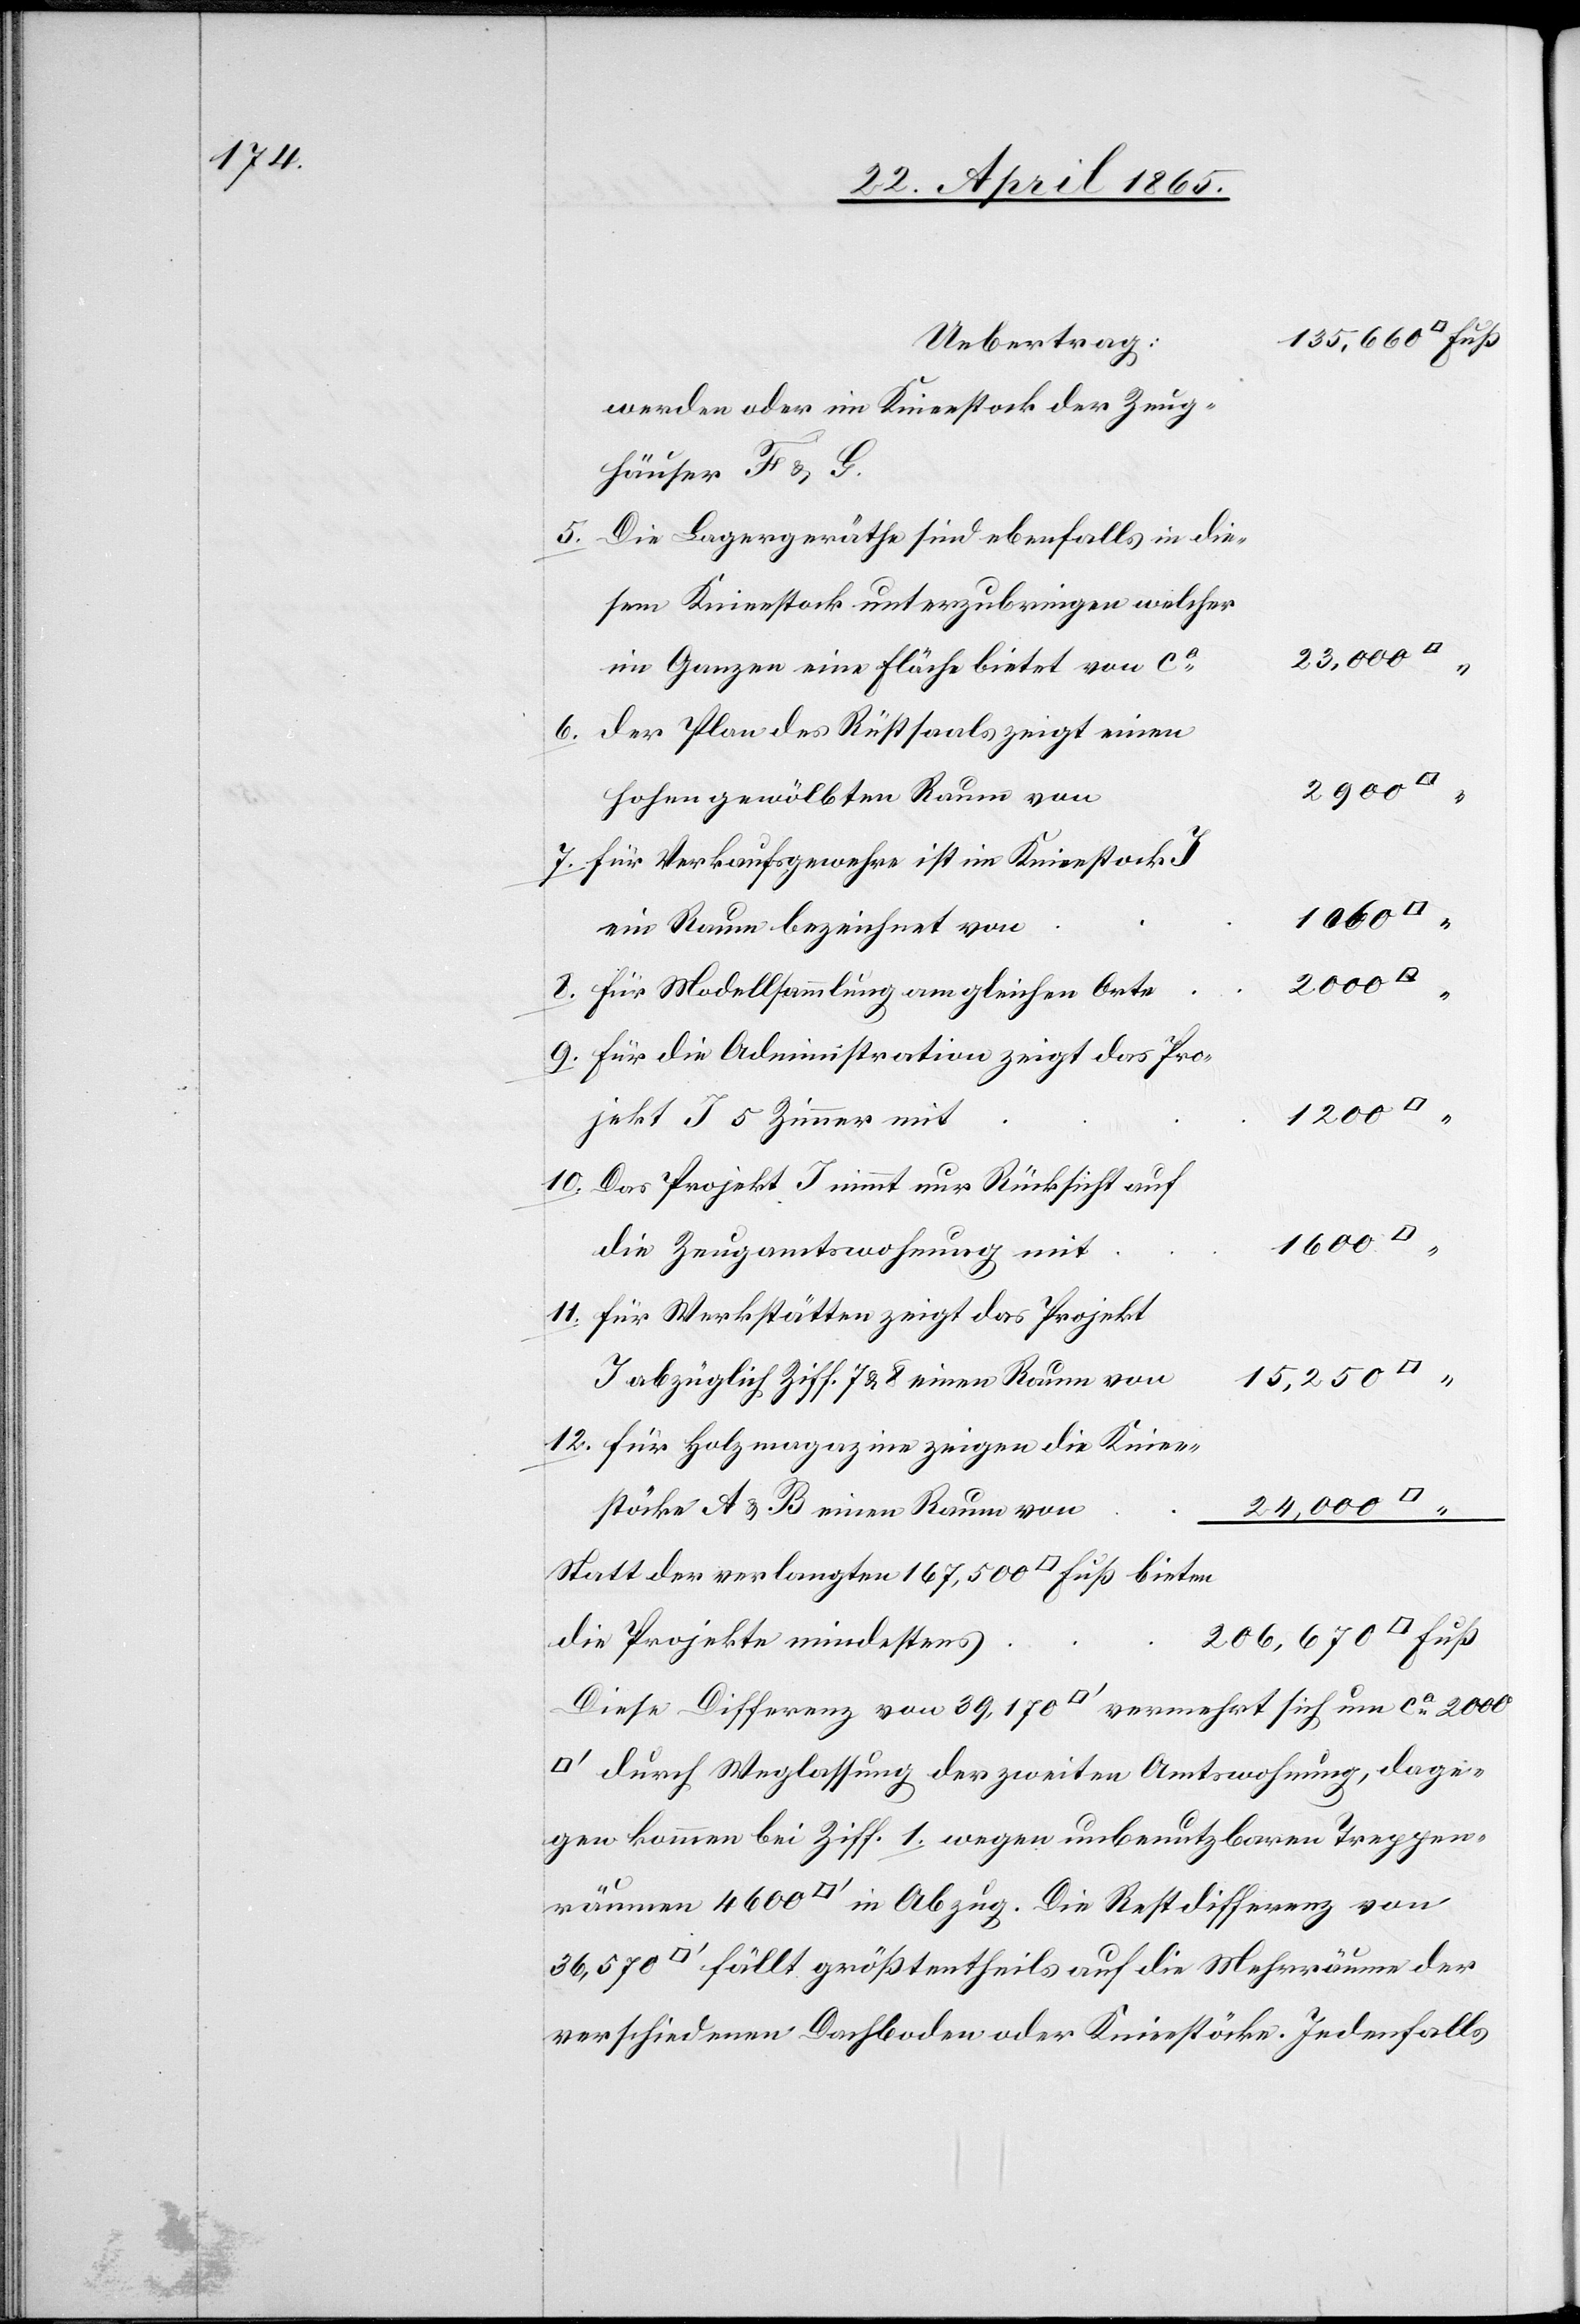
10.

werden oder im Knieestock der Zeug¬
häuser F & G
Die Lagergeräthe sind ebenfalls in die¬
sem Knieestock unterzubringen welcher
im Ganzen eine Fläche bietet von ca
Der Plan des Rüstsaals zeigt einen
hohen gewölbten Raum von
für Verkaufsgewehre ist im Knieestock
1600
ein Raum bezeichnet von
für Modellsammlung am gleichen Orte
für die Administration zeigt das Pro¬
1200
jekt J 5 Zimmer mit
Das Projekt J nimmt nur Rücksicht auf
die Zeugamtswohnung mit
für Werkstätten zeigt das Projekt
15,250
J abzüglich Ziff. 7 & 8 einen Raum von
für Holzmagazine zeigen die Kniee¬
24,000
stöcke A & B einen Raum von
Statt der verlangten 167,500 [Quadrat] Fuß bieten
die Projekte mindestens
Diese Differenz von 39,170 [Quadratfuss] vermehrt sich um ca 2000
durch Weglassung der zweiten Amtswohnung, dage¬
gen kommen bei Ziff. 1. wegen unbenutzbaren Treppen¬
räumen 4600 [Quadratfuss] in Abzug. Die Restdifferenz von
[Quadratfuss] fällt größtentheils auf die Mehrräume der
verschiedenen Dachboden oder Knieestöcke. Jedenfalls